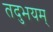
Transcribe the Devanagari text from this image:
तदुभयम्